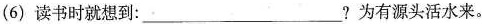
(6) 读书时就想到：___?为有源头活水来。